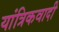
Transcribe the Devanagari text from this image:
यांत्रिकवादी